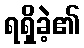
ရရှိခဲ့၏